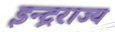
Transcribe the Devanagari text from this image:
इन्द्रराज्य